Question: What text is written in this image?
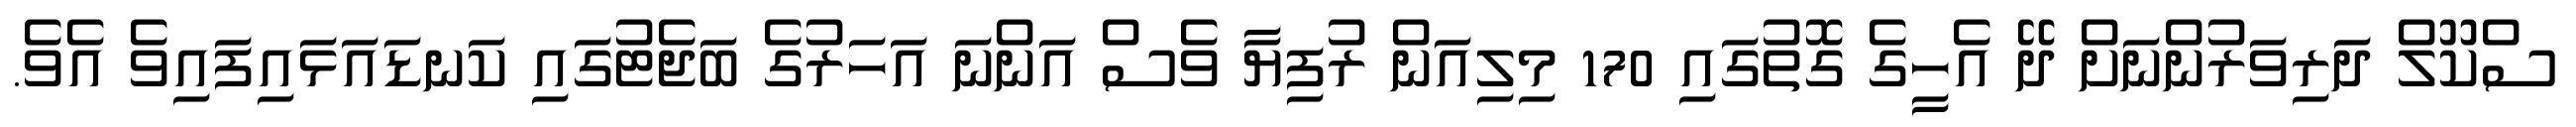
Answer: ސްކޫލް ދަރިވަރުންނަށް ދޭ އެހީގެ ގޮތުގައި 170 މިލިއަން ރުފިޔާ ވެސް އަންނަ އަހަރުގެ ބަޖެޓުގައި ކަނޑައަޅައިފައިވެ އެވެ.